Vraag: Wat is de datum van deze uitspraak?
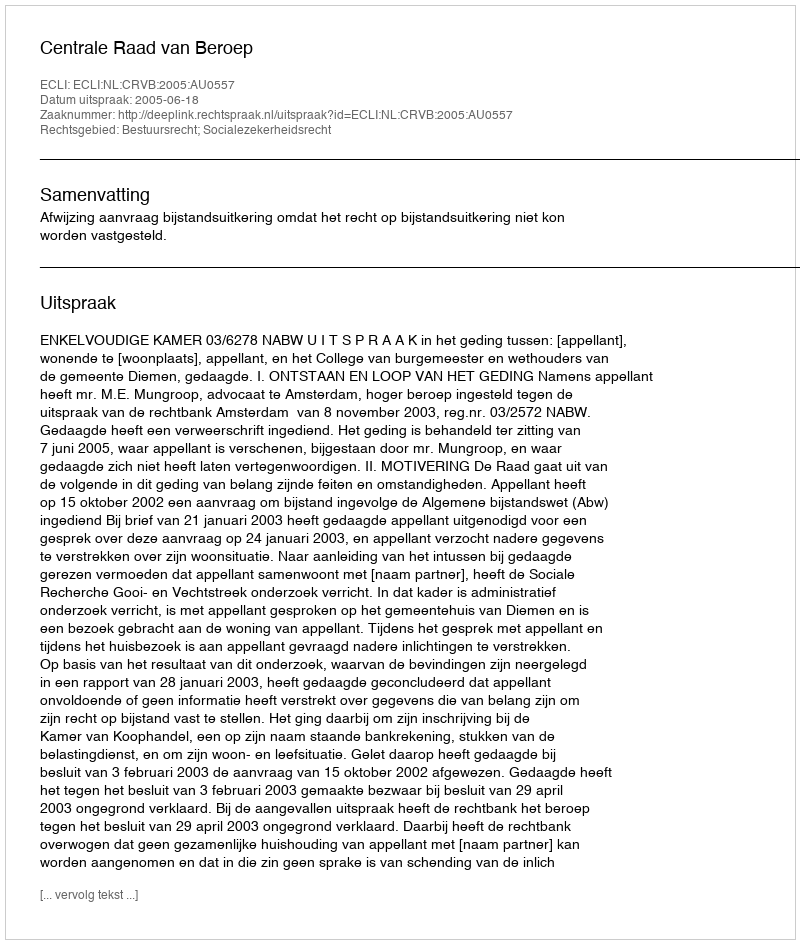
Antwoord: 2005-06-18